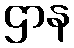
ဌာန